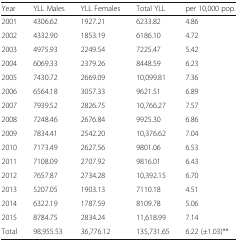
<table><thead><tr><td><b>Year</b></td><td><b>YLL Males</b></td><td><b>YLL Females</b></td><td><b>Total YLL</b></td><td><b>per 10,000 pop.</b></td></tr></thead><tbody><tr><td>2001</td><td>4306.62</td><td>1927.21</td><td>6233.82</td><td>4.86</td></tr><tr><td>2002</td><td>4332.90</td><td>1853.19</td><td>6186.10</td><td>4.72</td></tr><tr><td>2003</td><td>4975.93</td><td>2249.54</td><td>7225.47</td><td>5.42</td></tr><tr><td>2004</td><td>6069.33</td><td>2379.26</td><td>8448.59</td><td>6.23</td></tr><tr><td>2005</td><td>7430.72</td><td>2669.09</td><td>10,099.81</td><td>7.36</td></tr><tr><td>2006</td><td>6564.18</td><td>3057.33</td><td>9621.51</td><td>6.89</td></tr><tr><td>2007</td><td>7939.52</td><td>2826.75</td><td>10,766.27</td><td>7.57</td></tr><tr><td>2008</td><td>7248.46</td><td>2676.84</td><td>9925.30</td><td>6.86</td></tr><tr><td>2009</td><td>7834.41</td><td>2542.20</td><td>10,376.62</td><td>7.04</td></tr><tr><td>2010</td><td>7173.49</td><td>2627.56</td><td>9801.06</td><td>6.53</td></tr><tr><td>2011</td><td>7108.09</td><td>2707.92</td><td>9816.01</td><td>6.43</td></tr><tr><td>2012</td><td>7657.87</td><td>2734.28</td><td>10,392.15</td><td>6.70</td></tr><tr><td>2013</td><td>5207.05</td><td>1903.13</td><td>7110.18</td><td>4.51</td></tr><tr><td>2014</td><td>6322.19</td><td>1787.59</td><td>8109.78</td><td>5.06</td></tr><tr><td>2015</td><td>8784.75</td><td>2834.24</td><td>11,618.99</td><td>7.14</td></tr><tr><td>Total</td><td>98,955.53</td><td>36,776.12</td><td>135,731.65</td><td>6.22 (±1.03)**</td></tr></tbody></table>